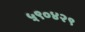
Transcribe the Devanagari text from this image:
५९०४२९